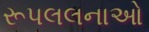
રૂપલલનાઓ